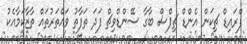
ފްރައިޑް ޗިކަން އެންޑް ޗިޕްސް ބާގާ ސޭންޑްވިޗް ފަދަ ތަފާތު ވައްތަރުތައް ތާޒާކަމާއެކު